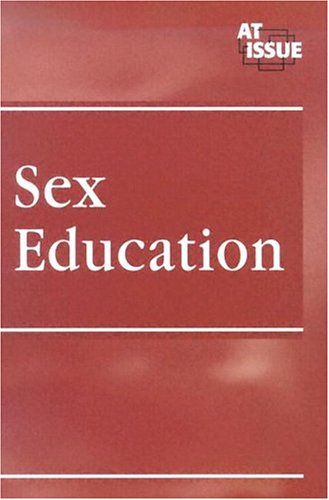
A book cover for Sex Education (At Issue); Teen & Young Adult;